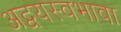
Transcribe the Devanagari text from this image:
अद्वयस्वभावा